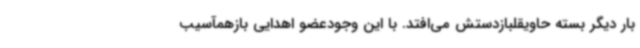
بار دیگر بسته حاویقلبازدستش می‌افتد. با این وجودعضو اهدایی بازهمآسیب